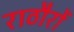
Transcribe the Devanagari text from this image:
राठौरों